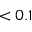
< 0 . 1